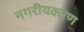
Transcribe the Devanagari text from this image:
नगरीयकरण